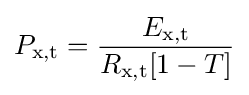
P_{\text{x,t}}={\frac {E_{\text{x,t}}}{R_{\text{x,t}}[1-T]}}